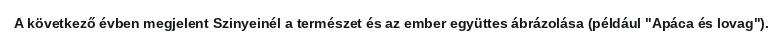
A következő évben megjelent Szinyeinél a természet és az ember együttes ábrázolása (például "Apáca és lovag").